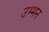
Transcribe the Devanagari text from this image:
उभ्भन